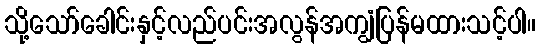
သို့သော်ခေါင်းနှင့်လည်ပင်းအလွန်အကျွံပြန်မထားသင့်ပါ။